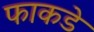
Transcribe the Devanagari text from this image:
फाकडे